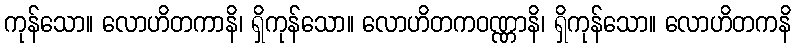
ကုန်သော။ လောဟိတကာနိ၊ ရှိကုန်သော။ လောဟိတကဝဏ္ဏာနိ၊ ရှိကုန်သော။ လောဟိတကနိ